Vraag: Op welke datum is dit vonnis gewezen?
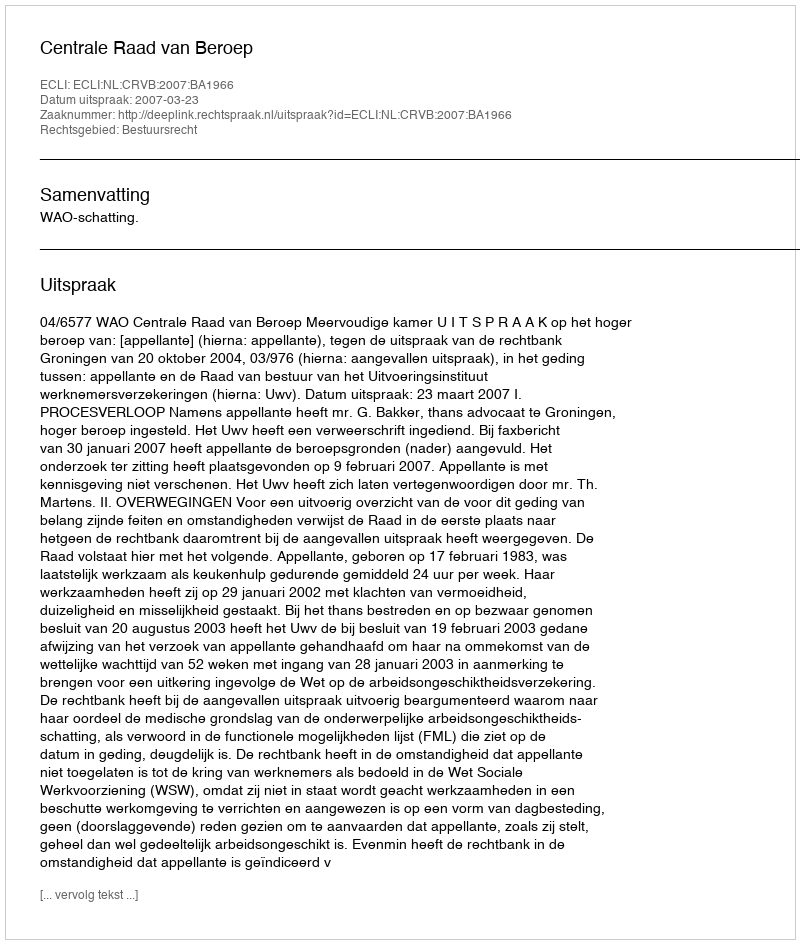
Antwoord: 2007-03-23